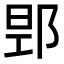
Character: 𮟻